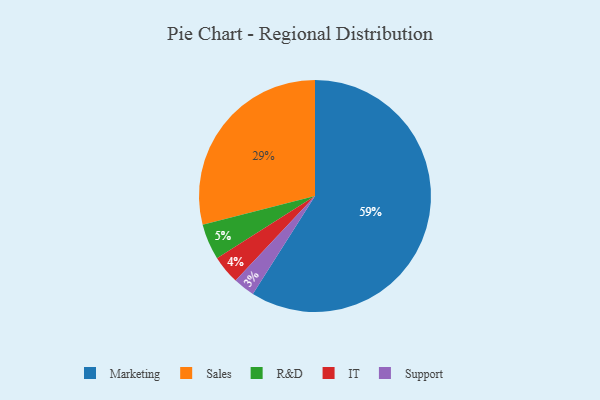
{"axis": {"x": "Category", "y": "Percentage"}, "legend": ["IT", "Marketing", "R&D", "Sales", "Support"], "data": [{"x": "Support", "y": 3, "type": "Support"}, {"x": "Marketing", "y": 59, "type": "Marketing"}, {"x": "R&D", "y": 5, "type": "R&D"}, {"x": "IT", "y": 4, "type": "IT"}, {"x": "Sales", "y": 29, "type": "Sales"}]}